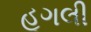
હૂગલી